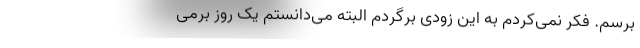
برسم. فکر نمی‌کردم به این زودی برگردم البته می‌دانستم یک روز برمی